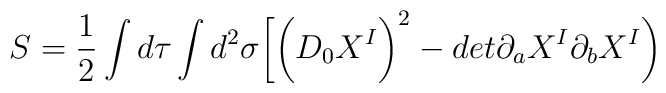
S= \frac{1}{2} \int d\tau \int d^2\sigma\biggl[ \biggl( D_0 X^I\biggr)^2 - det\partial_aX^I\partial_bX^I\biggr)